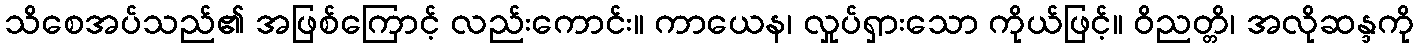
သိစေအပ်သည်၏ အဖြစ်ကြောင့် လည်းကောင်း။ ကာယေန၊ လှုပ်ရှားသော ကိုယ်ဖြင့်။ ဝိညတ္တိ၊ အလိုဆန္ဒကို